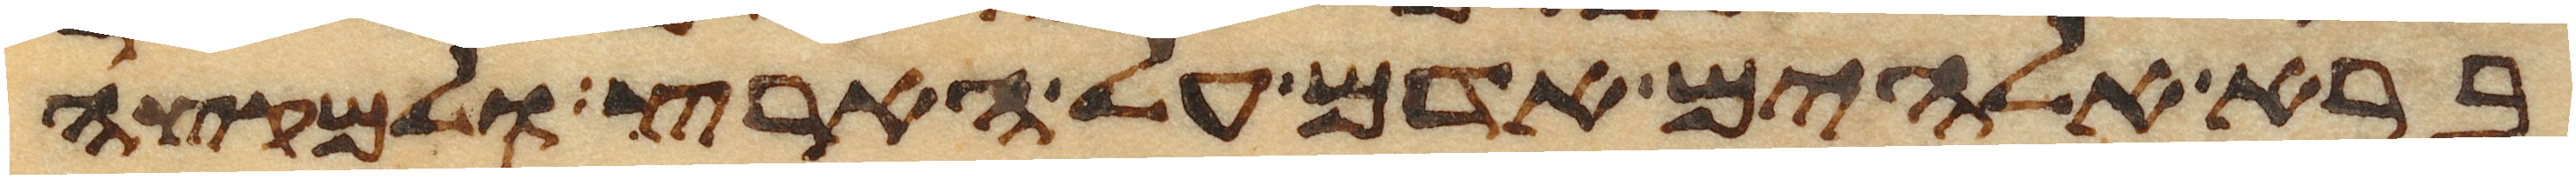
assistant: ברא אלהים אדם על הארץ ולמקצה